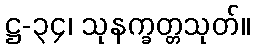
ဋ္ဌ-၃၄၊ သုနက္ခတ္တသုတ်။